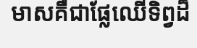
មាសគឺជាផ្លែឈើទិព្វដ៏